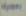
بعملية